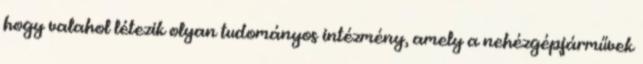
hogy valahol létezik olyan tudományos intézmény, amely a nehézgépjárművek